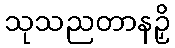
သုသညတာနဉှိ